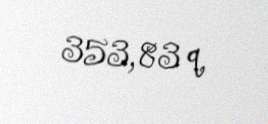
353,83 q